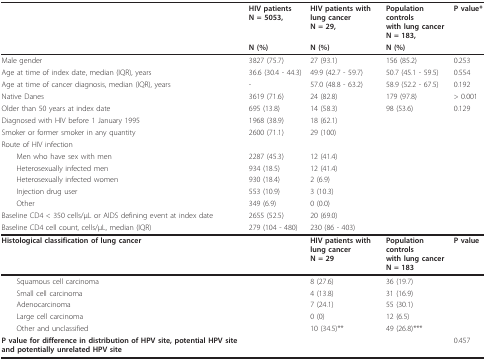
|  | HIV patientsN = 5053, | HIV patients with lung cancerN = 29, | Population controls with lung cancerN = 183, | P value* |
 |  | N (%) | N (%) | N (%) |  |
 | --- | --- | --- | --- | --- |
 | Male gender | 3827 (75.7) | 27 (93.1) | 156 (85.2) | 0.253 |
 | Age at time of index date, median (IQR), years | 36.6 (30.4 - 44.3) | 49.9 (42.7 - 59.7) | 50.7 (45.1 - 59.5) | 0.554 |
 | Age at time of cancer diagnosis, median (IQR), years | - | 57.0 (48.8 - 63.2) | 58.9 (52.2 - 67.5) | 0.192 |
 | Native Danes | 3619 (71.6) | 24 (82.8) | 179 (97.8) | > 0.001 |
 | Older than 50 years at index date | 695 (13.8) | 14 (58.3) | 98 (53.6) | 0.129 |
 | Diagnosed with HIV before 1 January 1995 | 1968 (38.9) | 18 (62.1) |  |  |
 | Smoker or former smoker in any quantity | 2600 (71.1) | 29 (100) |  |  |
 | Route of HIV infection |  |  |  |  |
 | Men who have sex with men | 2287 (45.3) | 12 (41.4) |  |  |
 | Heterosexually infected men | 934 (18.5) | 12 (41.4) |  |  |
 | Heterosexually infected women | 930 (18.4) | 2 (6.9) |  |  |
 | Injection drug user | 553 (10.9) | 3 (10.3) |  |  |
 | Other | 349 (6.9) | 0 (0.0) |  |  |
 | Baseline CD4 < 350 cells/μL or AIDS defining event at index date | 2655 (52.5) | 20 (69.0) |  |  |
 | Baseline CD4 cell count, cells/μL, median (IQR) | 279 (104 - 480) | 230 (86 - 403) |  |  |
 | Histological classification of lung cancer |  | HIV patients with lung cancerN = 29 | Population controls with lung cancerN = 183 | P value |
 | Squamous cell carcinoma |  | 8 (27.6) | 36 (19.7) |  |
 | Small cell carcinoma |  | 4 (13.8) | 31 (16.9) |  |
 | Adenocarcinoma |  | 7 (24.1) | 55 (30.1) |  |
 | Large cell carcinoma |  | 0 (0) | 12 (6.5) |  |
 | Other and unclassified |  | 10 (34.5)** | 49 (26.8)*** |  |
 | P value for difference in distribution of HPV site, potential HPV site and potentially unrelated HPV site |  |  |  | 0.457 |